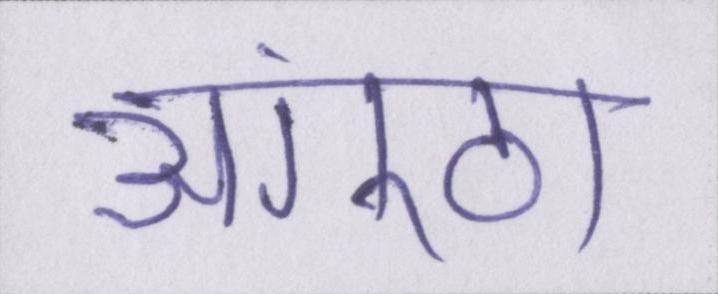
अंगूठा